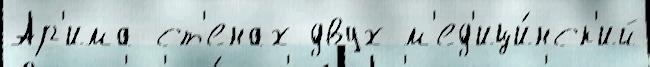
Ар'има ст'енах двух м'ед'ици́нск'ий